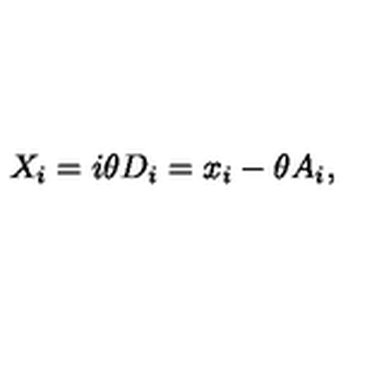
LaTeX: X _ { i } = i \theta D _ { i } = x _ { i } - \theta A _ { i } , \nonumber